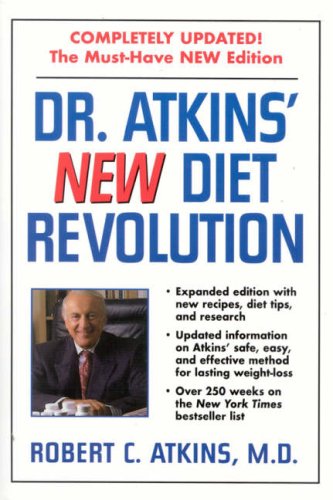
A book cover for Dr. Atkins' Revised Diet Package: The Any Diet Diary and Dr. Atkins' New Diet Revolution 2002; M.D., Robert C. Atkins; Health, Fitness & Dieting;